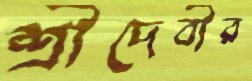
শ্রীদেবীর